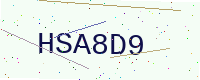
Text: HSA8D9